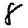
Digit: 8